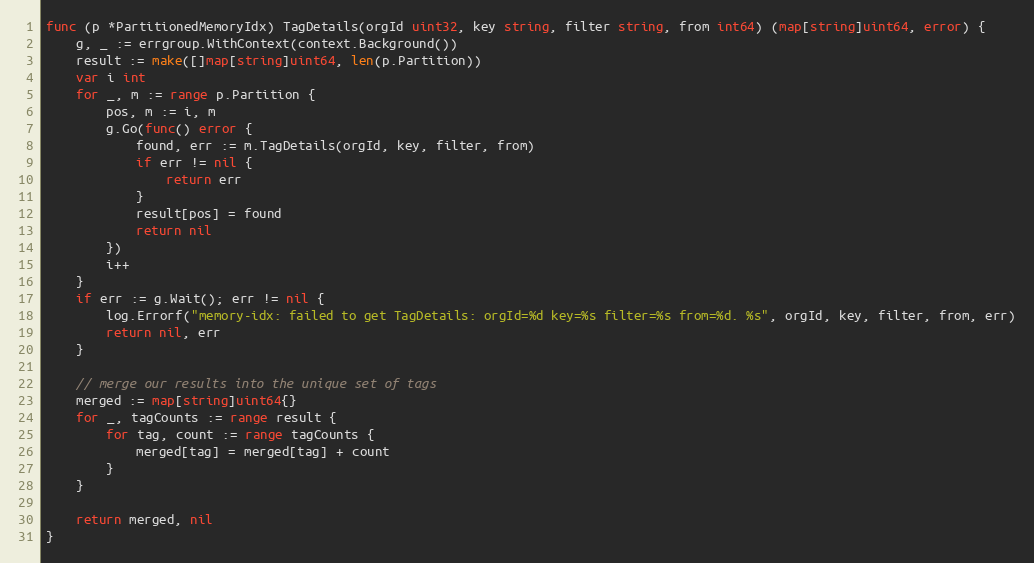
Language: Go
func (p *PartitionedMemoryIdx) TagDetails(orgId uint32, key string, filter string, from int64) (map[string]uint64, error) {
	g, _ := errgroup.WithContext(context.Background())
	result := make([]map[string]uint64, len(p.Partition))
	var i int
	for _, m := range p.Partition {
		pos, m := i, m
		g.Go(func() error {
			found, err := m.TagDetails(orgId, key, filter, from)
			if err != nil {
				return err
			}
			result[pos] = found
			return nil
		})
		i++
	}
	if err := g.Wait(); err != nil {
		log.Errorf("memory-idx: failed to get TagDetails: orgId=%d key=%s filter=%s from=%d. %s", orgId, key, filter, from, err)
		return nil, err
	}

	// merge our results into the unique set of tags
	merged := map[string]uint64{}
	for _, tagCounts := range result {
		for tag, count := range tagCounts {
			merged[tag] = merged[tag] + count
		}
	}

	return merged, nil
}